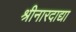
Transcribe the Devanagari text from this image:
श्रीनारदाद्या